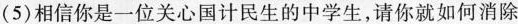
（5）相信你是一位关心国计民生的中学生，请你就如何消除